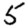
Digit: 5